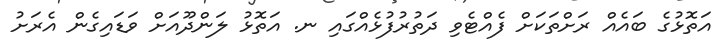
އަތޮޅުގެ ބައެއް ރަށްތަކަށް ފެއްޓެވި ދަތުރުފުޅެއްގައި ނ. އަތޮޅު ލަންދޫއަށް ވަޑައިގެން އެރަށު